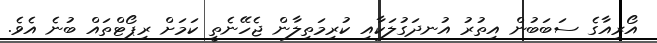
އޯރިއާގެ ސަބަބުން އިތުރު އުނދަގުލަކާއި ކުރިމަތިލާން ޖެހޭނެތީ ކަމަށް ރިޕޯޓްތައް ބުނެ އެވެ.